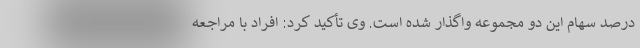
درصد سهام این دو مجموعه واگذار شده است. وی تأکید کرد: افراد با مراجعه